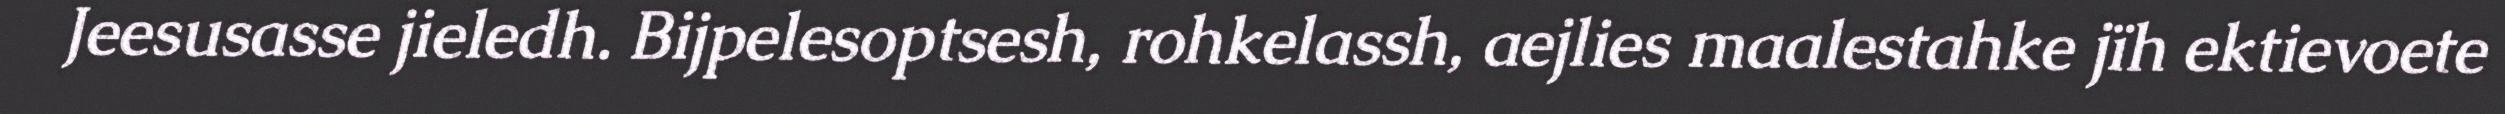
Jeesusasse jieledh. Bijpelesoptsesh, rohkelassh, aejlies maalestahke jïh ektievoete